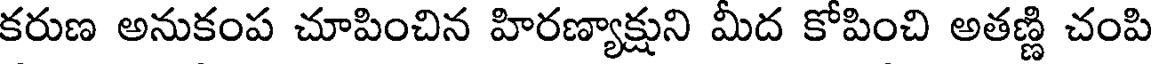
కరుణ అనుకంప చూపించిన హిరణ్యాక్షుని మీద కోపించి అతణ్ణి చంపి